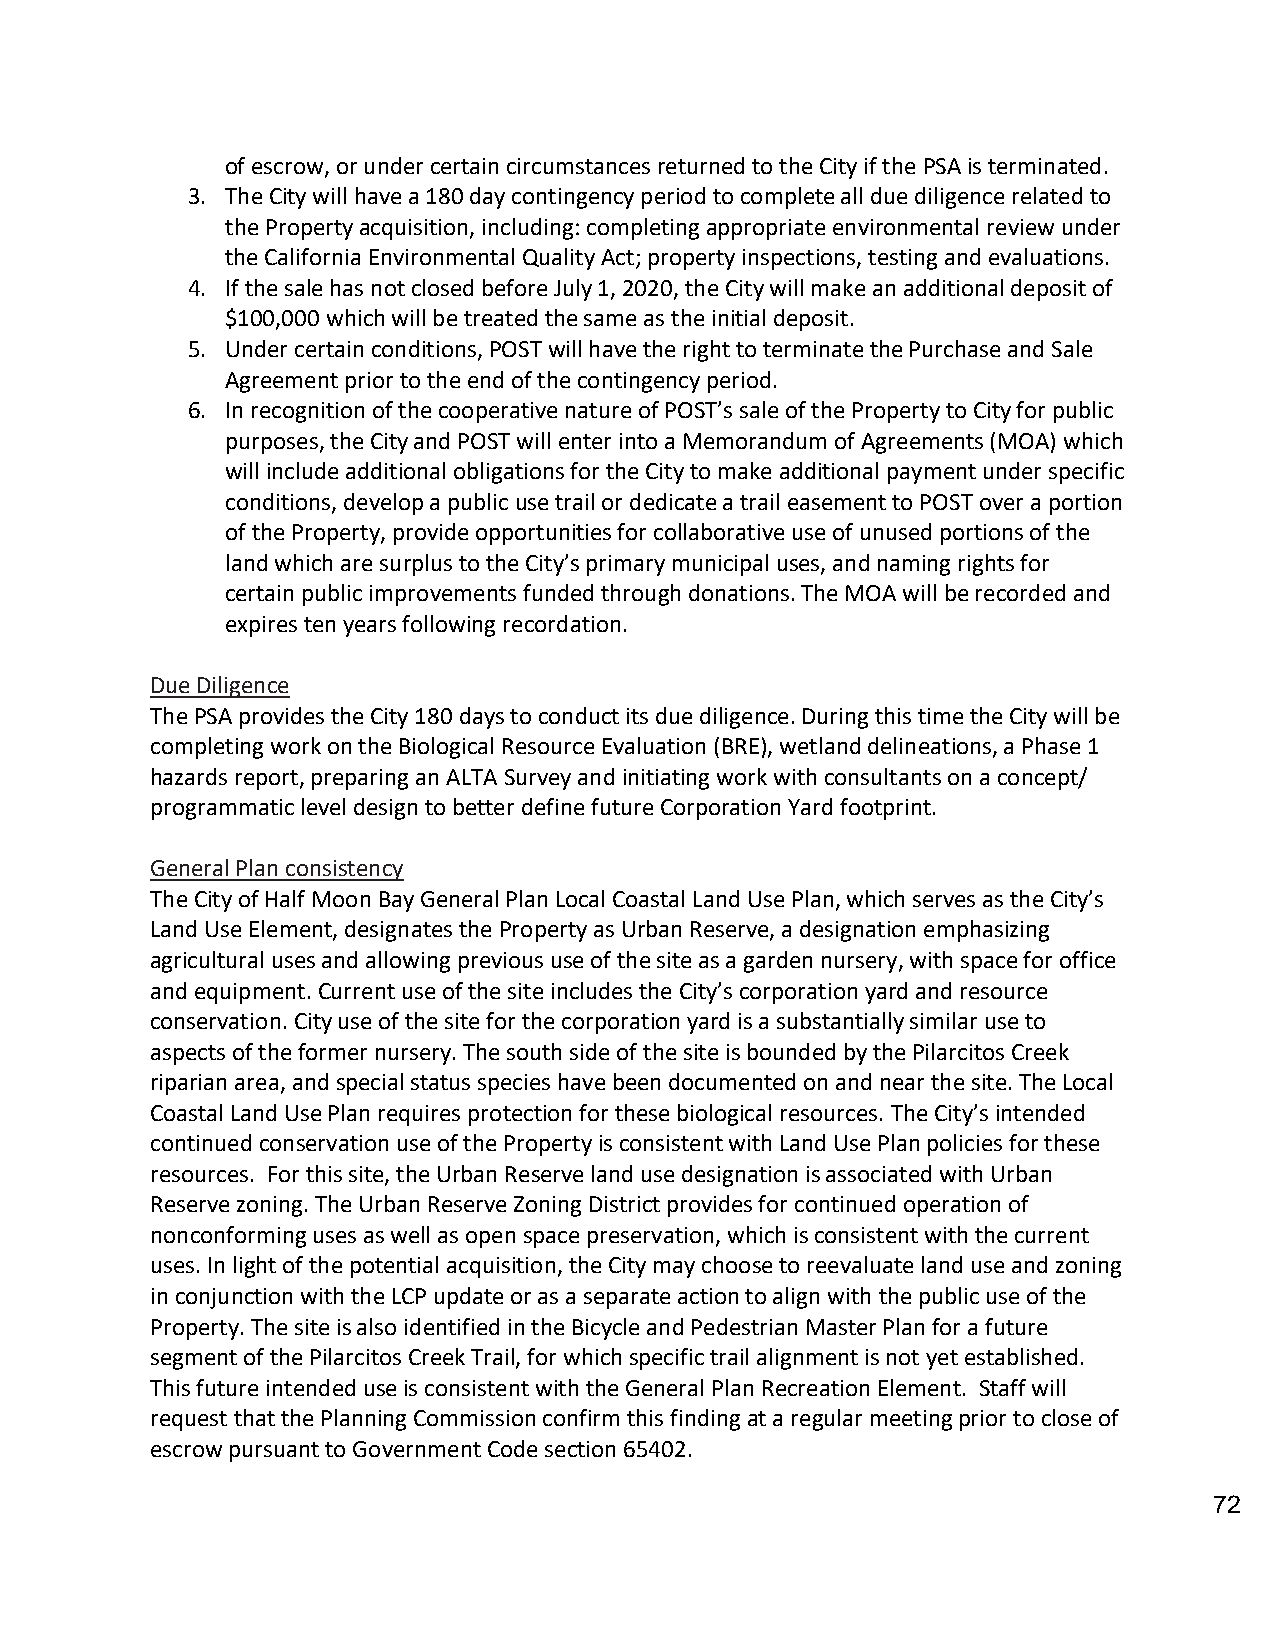
of escrow, or under certain circumstances returned to the City if the PSA is terminated.
 3. The City will have a 180 day contingency period to complete all due diligence related to
 the Property acquisition, including: completing appropriate environmental review under
 the California Environmental Quality Act; property inspections, testing and evaluations.
 4. If the sale has not closed before July 1, 2020, the City will make an additional deposit of
 $100,000 which will be treated the same as the initial deposit.
 5. Under certain conditions, POST will have the right to terminate the Purchase and Sale
 Agreement prior to the end of the contingency period.
 6. In recognition of the cooperative nature of POST’s sale of the Property to City for public
 purposes, the City and POST will enter into a Memorandum of Agreements (MOA) which
 will include additional obligations for the City to make additional payment under specific
 conditions, develop a public use trail or dedicate a trail easement to POST over a portion
 of the Property, provide opportunities for collaborative use of unused portions of the
 land which are surplus to the City’s primary municipal uses, and naming rights for
 certain public improvements funded through donations. The MOA will be recorded and
 expires ten years following recordation.
 Due Diligence
 The PSA provides the City 180 days to conduct its due diligence. During this time the City will be
 completing work on the Biological Resource Evaluation (BRE), wetland delineations, a Phase 1
 hazards report, preparing an ALTA Survey and initiating work with consultants on a concept/
 programmatic level design to better define future Corporation Yard footprint.
 General Plan consistency
 The City of Half Moon Bay General Plan Local Coastal Land Use Plan, which serves as the City’s
 Land Use Element, designates the Property as Urban Reserve, a designation emphasizing
 agricultural uses and allowing previous use of the site as a garden nursery, with space for office
 and equipment. Current use of the site includes the City’s corporation yard and resource
 conservation. City use of the site for the corporation yard is a substantially similar use to
 aspects of the former nursery. The south side of the site is bounded by the Pilarcitos Creek
 riparian area, and special status species have been documented on and near the site. The Local
 Coastal Land Use Plan requires protection for these biological resources. The City’s intended
 continued conservation use of the Property is consistent with Land Use Plan policies for these
 resources. For this site, the Urban Reserve land use designation is associated with Urban
 Reserve zoning. The Urban Reserve Zoning District provides for continued operation of
 nonconforming uses as well as open space preservation, which is consistent with the current
 uses. In light of the potential acquisition, the City may choose to reevaluate land use and zoning
 in conjunction with the LCP update or as a separate action to align with the public use of the
 Property. The site is also identified in the Bicycle and Pedestrian Master Plan for a future
 segment of the Pilarcitos Creek Trail, for which specific trail alignment is not yet established.
 This future intended use is consistent with the General Plan Recreation Element. Staff will
 request that the Planning Commission confirm this finding at a regular meeting prior to close of
 escrow pursuant to Government Code section 65402.
 72